Annual report on the working of the Harcourt Butler Institute of Public Health, Rangoon
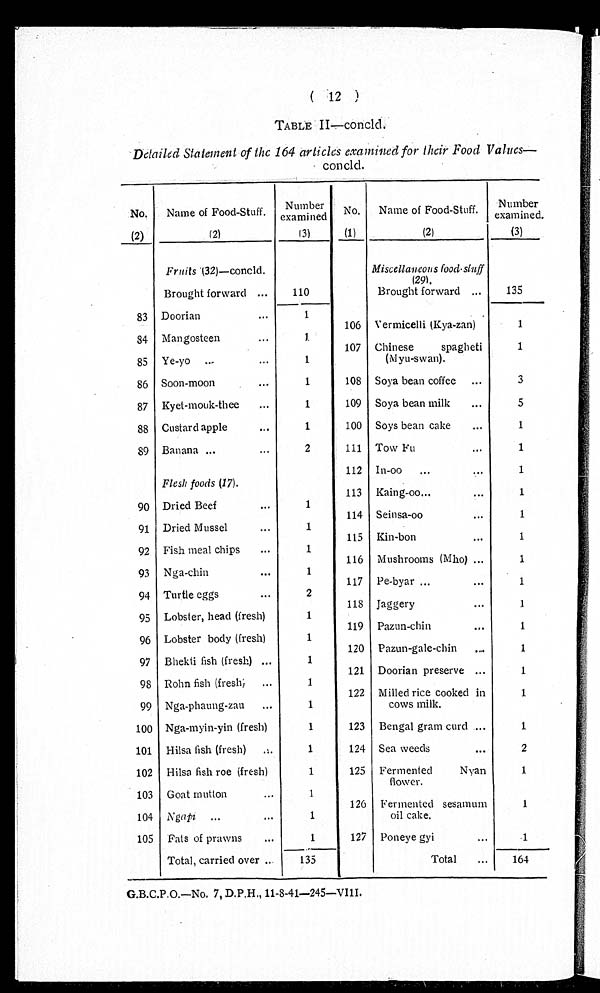
(12)
TABLE II–concld.
Detailed Statement of the 164 articles examined for their Food Values—-
concld.
No.
(2)
Name of Food-Stuff.
(2)
Number
examined
(3)
No.
(1)
Name of Food-Stuff.
(2)
Number
examined.
(3)
Fruits (32)—concld.
110
Miscellaneous food-stuff
( 2 9 ) .
Brought forward ...
Brought forward ...
135
83 Doorian
...
1
106 Vermicelli (Kya-zan)
1
84 Mangosteen
...
1
107 Chinese
spagheti
(Myu-swan).
1
85 Ye-yo ...
...
1
86 Soon-moon
...
1
108 Soya bean coffee ...
3
87 Kyet-mouk-thee
...
1
109 Soya bean milk
...
5
88 Custard apple
. . .
1
100 Soys bean cake
...
1
89 Banana ...
...
2
111 Tow Fu
...
1
Flesh foods (17).
112 In-oo ...
. . .
1
113 Kaing-oo...
...
1
90 Dried Beef
...
1
114 Seinsa-oo
...
1
91 Dried Mussel
...
1
115 Kin-bon
...
1
92 Fish meal chips
...
1
116 Mushrooms (Mho) ...
1
93 Nga-chin
. . .
1
117 Pe-byar ...
...
1
94 Turtle eggs
...
2
118 Jaggery
...
1
95 Lobster, head (fresh)
1
119 Pazun-chin
. . .
1
96 Lobster body (fresh)
1
97 Bhekti fish (fresh) ...
1
120 Pazun-gale-chin
. . .
1
121 Doorian preserve ...
1
98 Rohn fish (fresh; ...
1
122 Milled rice cooked in
cows milk.
1
99 Nga-phaung-zau ...
1
100 Nga-myin-yin (fresh)
1
123 Bengal gram curd ...
1
101 Hilsa fish (fresh)
. . .
1
124 Sea weeds
...
2
102 Hilsa fish roe (fresh)
1
125 Fermented
Nyan
flower.
1
103 Goat mutton
...
1
104 Ngapi ...
...
1
126 Fermented sesamum
oil cake.
1
105 Fats of prawns
...
1
127 Poneye gyi
...
1
Total, carried over ..
135
Total
...
164
G.B.C.P.O.—No. 7, D.P.H., 11-8-41—245—VIII.